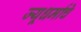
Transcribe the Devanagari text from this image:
ज्यूधर्माचे